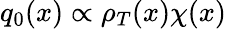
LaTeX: {q}_{0}(x)\propto\rho_{T}(x)\chi(x)